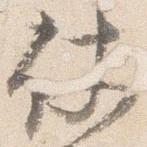
仗